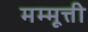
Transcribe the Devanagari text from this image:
मम्मूत्ती